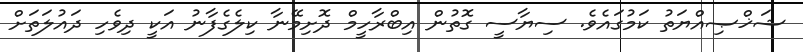
ޝަޚްޞިއްޔަތު ކަމުގައެވެ. ސިޔާސީ ގޮތުން އިބްރާހީމް ދޮށިމޭނާ ކިލެގެފާނު އަކީ ދިވެހި ދައުލަތަށް